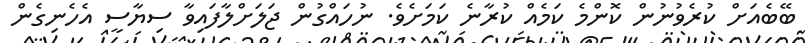
ބޭބެއަށް ކުރެވުނުން ކޮންމެ ކަމެއް ކުރާނެ ކަމަށެވެ. ނުހައްގުން ޖަލަށްލާފައިވާ ސިޔާސީ އެހެނިގެން